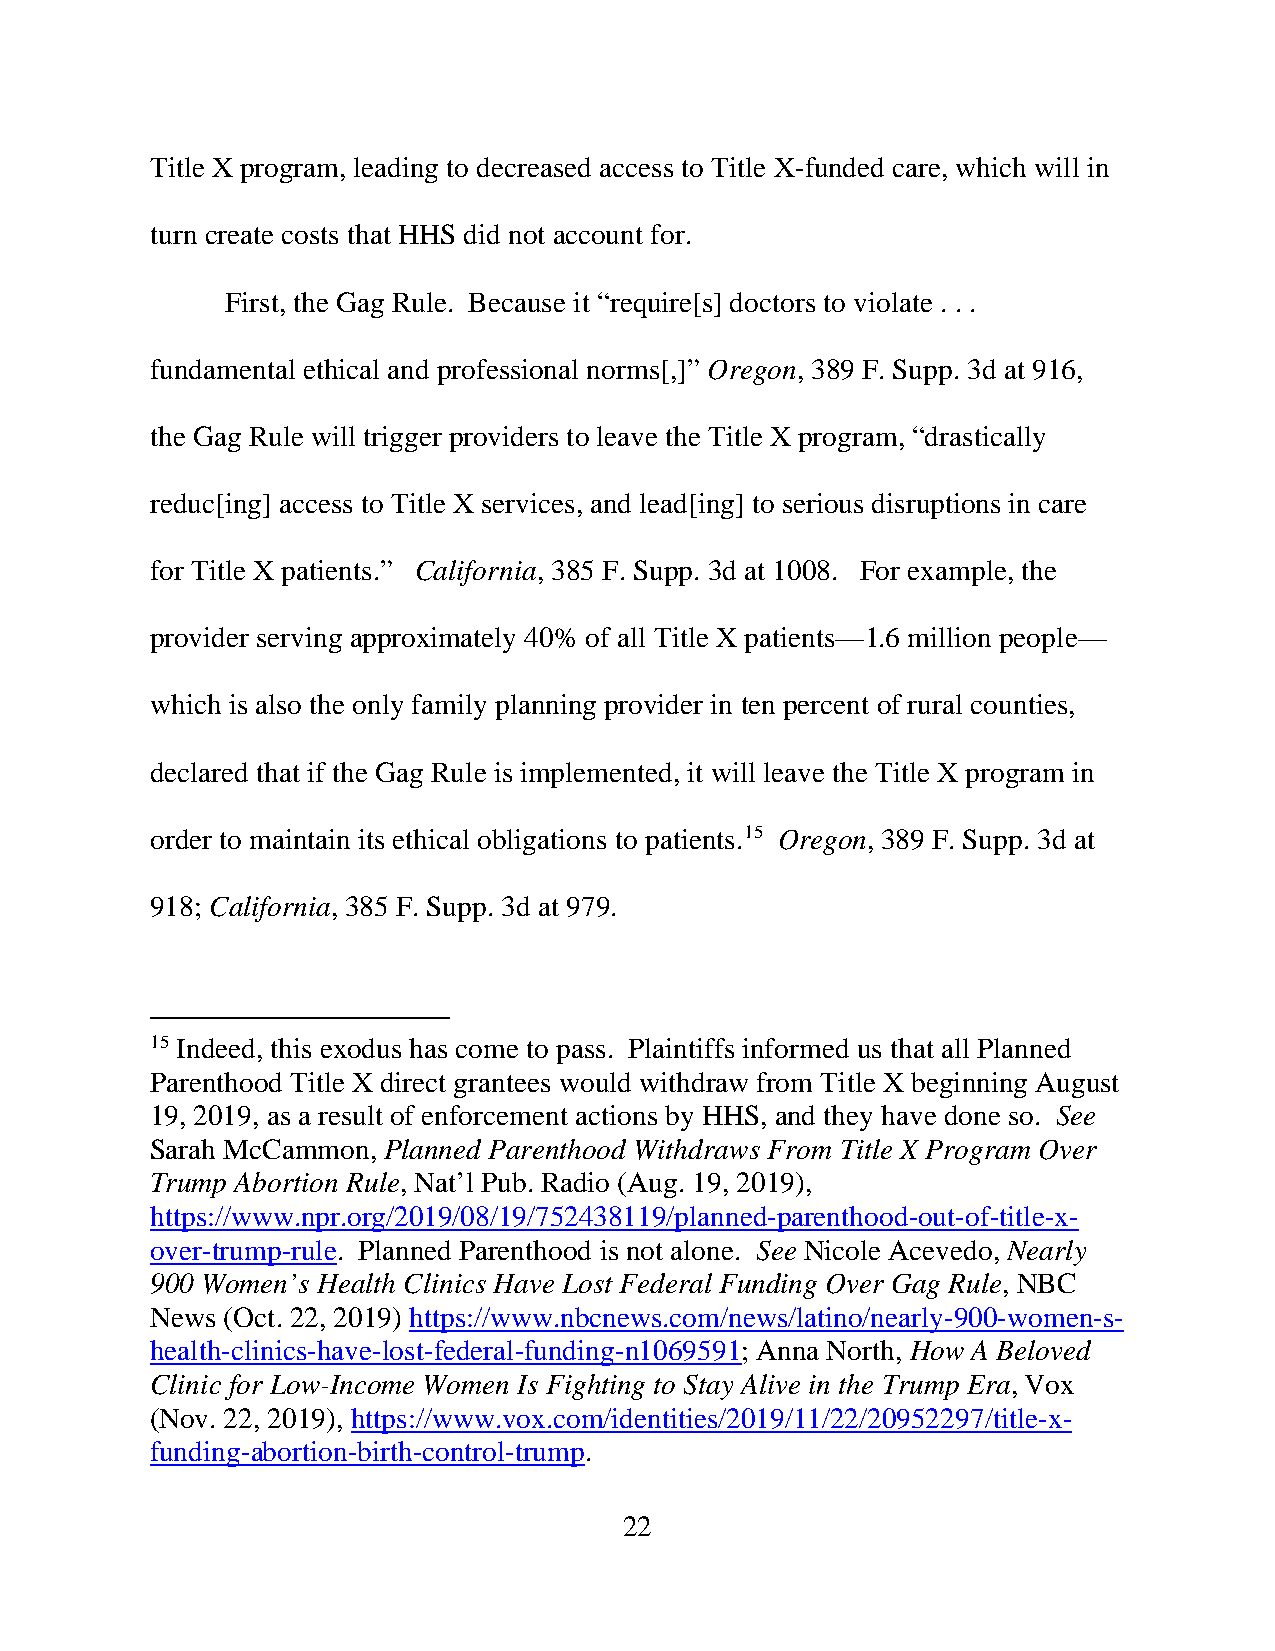
Title X program, leading to decreased access to Title X-funded care, which will in
 turn create costs that HHS did not account for.
 First, the Gag Rule. Because it “require[s] doctors to violate . . .
 fundamental ethical and professional norms[,]” Oregon, 389 F. Supp. 3d at 916,
 the Gag Rule will trigger providers to leave the Title X program, “drastically
 reduc[ing] access to Title X services, and lead[ing] to serious disruptions in care
 for Title X patients.” California, 385 F. Supp. 3d at 1008. For example, the
 provider serving approximately 40% of all Title X patients—1.6 million people—
 which is also the only family planning provider in ten percent of rural counties,
 declared that if the Gag Rule is implemented, it will leave the Title X program in
 order to maintain its ethical obligations to patients.15 Oregon, 389 F. Supp. 3d at
 918; California, 385 F. Supp. 3d at 979.
 15 Indeed, this exodus has come to pass. Plaintiffs informed us that all Planned
 Parenthood Title X direct grantees would withdraw from Title X beginning August
 19, 2019, as a result of enforcement actions by HHS, and they have done so. See
 Sarah McCammon, Planned Parenthood Withdraws From Title X Program Over
 Trump Abortion Rule, Nat’l Pub. Radio (Aug. 19, 2019),
 https://www.npr.org/2019/08/19/752438119/planned-parenthood-out-of-title-x-
 over-trump-rule. Planned Parenthood is not alone. See Nicole Acevedo, Nearly
 900 Women’s Health Clinics Have Lost Federal Funding Over Gag Rule, NBC
 News (Oct. 22, 2019) https://www.nbcnews.com/news/latino/nearly-900-women-s-
 health-clinics-have-lost-federal-funding-n1069591; Anna North, How A Beloved
 Clinic for Low-Income Women Is Fighting to Stay Alive in the Trump Era, Vox
 (Nov. 22, 2019), https://www.vox.com/identities/2019/11/22/20952297/title-x-
 funding-abortion-birth-control-trump.
 22